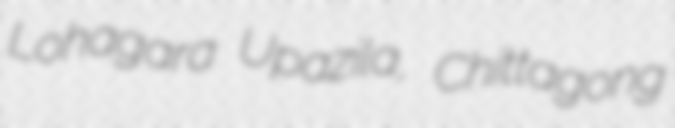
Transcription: Lohagara Upazila, Chittagong